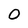
Character: O